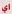
اي